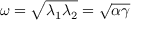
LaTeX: \omega = { \sqrt { \lambda _ { 1 } \lambda _ { 2 } } } = { \sqrt { \alpha \gamma } }